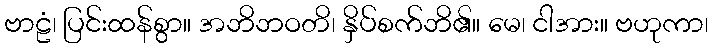
ဗာဠံ၊ ပြင်းထန်စွာ။ အဘိဘဝတိ၊ နှိပ်စက်ဘိ၏။ မေ၊ ငါအား။ ဗဟုကာ၊